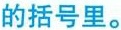
的括号里。